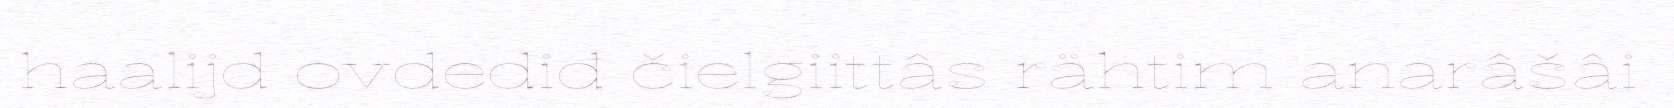
haalijd ovdediđ čielgiittâs rähtim anarâšâi